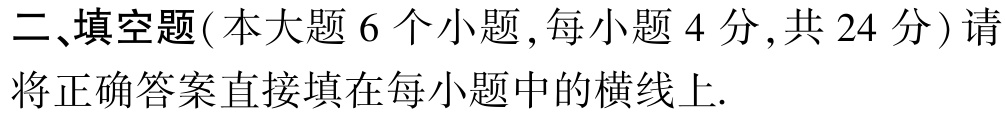
二、填空题(本大题 6 个小题,每小题 4 分,共 24 分) 请将正确答案直接填在每小题中的横线上.